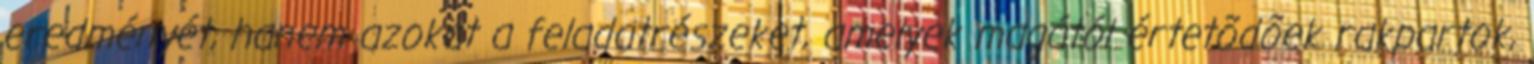
eredményét, hanem azokat a feladatrészeket, amelyek magától értetõdõek rakpartok,